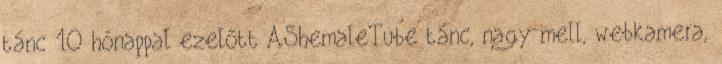
tánc 10 hónappal ezelőtt AShemaleTube tánc, nagy mell, webkamera,